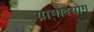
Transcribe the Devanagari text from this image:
ग्रामोदयोग